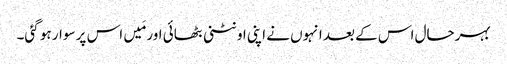
بہرحال اس کے بعد انہوں نے اپنی اونٹنی بٹھائی اور مَیں اس پر سوار ہو گئی۔